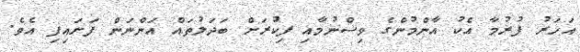
އަހަރު ފުރުމާ އެކު އާންްމުންގެ ވިސްނުމާއި ފިކުރަށް ބަދަލުތައް އަންނަން ފަށައިފި އެވެ.